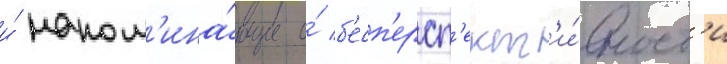
и́ напом'ина́ющие о́ б'есп'ерсп'ект'и́вност'и